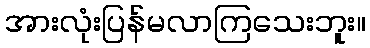
အားလုံးပြန်မလာကြသေးဘူး။